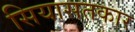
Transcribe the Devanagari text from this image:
सियासतकार